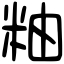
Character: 粙